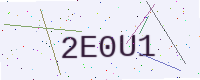
Text: 2E0U1